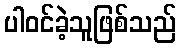
ပါဝင်ခဲ့သူဖြစ်သည်